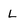
Character: L